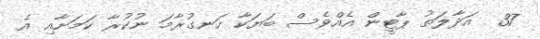
37  އަދާލަތު ޕާޓީން އެއްވެސް ބަޔަކާ ހަނގުރާމަ ނުކުރާ ކަމަށާއި އެ